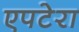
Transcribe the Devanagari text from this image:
एपटेरा